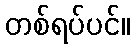
တစ်ရပ်ပင်။